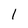
Character: 1